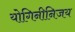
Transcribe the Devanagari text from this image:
योगिनीनिजय